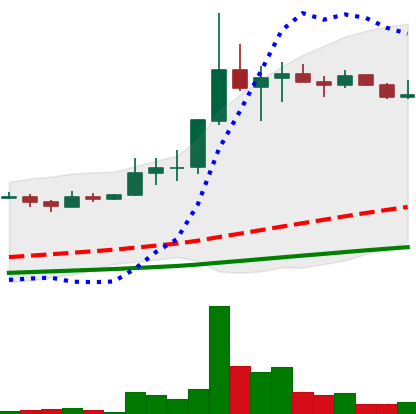
Ticker: LINK-USD
Chart end date: 2019-07-08
Forward return: -4.955%
Label: down_3_5